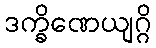
ဒက္ခိဏေယျဂ္ဂိ